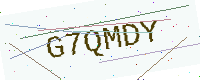
Text: G7QMDY